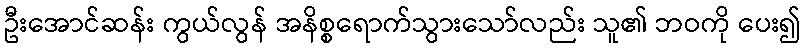
ဦးအောင်ဆန်း ကွယ်လွန် အနိစ္စရောက်သွားသော်လည်း သူ၏ ဘဝကို ပေး၍